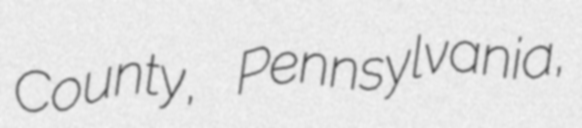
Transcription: County, Pennsylvania,